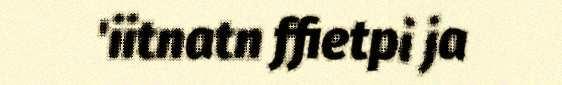
'iitnatn ffietpi ja